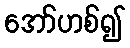
အော်ဟစ်၍